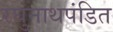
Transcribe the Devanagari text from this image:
रघुनाथपंडित